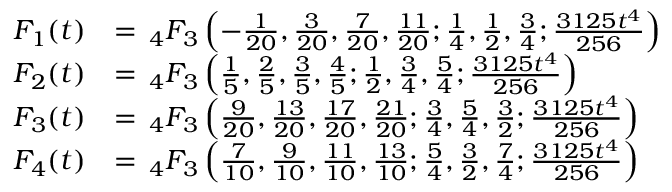
{ \begin{array} { r l } { F _ { 1 } ( t ) } & { = \, _ { 4 } F _ { 3 } \left( - { \frac { 1 } { 2 0 } } , { \frac { 3 } { 2 0 } } , { \frac { 7 } { 2 0 } } , { \frac { 1 1 } { 2 0 } } ; { \frac { 1 } { 4 } } , { \frac { 1 } { 2 } } , { \frac { 3 } { 4 } } ; { \frac { 3 1 2 5 t ^ { 4 } } { 2 5 6 } } \right) } \\ { F _ { 2 } ( t ) } & { = \, _ { 4 } F _ { 3 } \left( { \frac { 1 } { 5 } } , { \frac { 2 } { 5 } } , { \frac { 3 } { 5 } } , { \frac { 4 } { 5 } } ; { \frac { 1 } { 2 } } , { \frac { 3 } { 4 } } , { \frac { 5 } { 4 } } ; { \frac { 3 1 2 5 t ^ { 4 } } { 2 5 6 } } \right) } \\ { F _ { 3 } ( t ) } & { = \, _ { 4 } F _ { 3 } \left( { \frac { 9 } { 2 0 } } , { \frac { 1 3 } { 2 0 } } , { \frac { 1 7 } { 2 0 } } , { \frac { 2 1 } { 2 0 } } ; { \frac { 3 } { 4 } } , { \frac { 5 } { 4 } } , { \frac { 3 } { 2 } } ; { \frac { 3 1 2 5 t ^ { 4 } } { 2 5 6 } } \right) } \\ { F _ { 4 } ( t ) } & { = \, _ { 4 } F _ { 3 } \left( { \frac { 7 } { 1 0 } } , { \frac { 9 } { 1 0 } } , { \frac { 1 1 } { 1 0 } } , { \frac { 1 3 } { 1 0 } } ; { \frac { 5 } { 4 } } , { \frac { 3 } { 2 } } , { \frac { 7 } { 4 } } ; { \frac { 3 1 2 5 t ^ { 4 } } { 2 5 6 } } \right) } \end{array} }